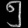
Digit: ၅